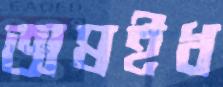
অষইধ